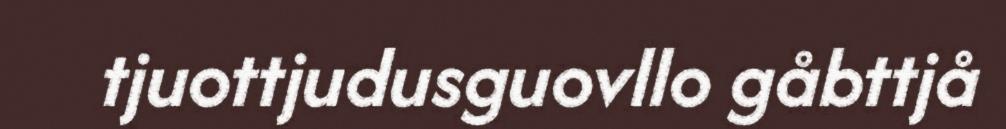
tjuottjudusguovllo gåbttjå